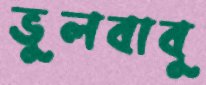
ভুলবাবু